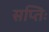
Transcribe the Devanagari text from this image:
सप्तिः